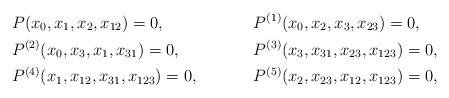
LaTeX: \begin{align*} &P(x_0,x_1,x_2,x_{12})=0, &&P^{(1)}(x_0,x_2,x_3,x_{23})=0,\\ &P^{(2)}(x_0,x_3,x_1,x_{31})=0, &&P^{(3)}(x_3,x_{31},x_{23},x_{123})=0,\\ &P^{(4)}(x_1,x_{12},x_{31},x_{123})=0, &&P^{(5)}(x_2,x_{23},x_{12},x_{123})=0,\end{align*}